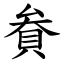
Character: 貵